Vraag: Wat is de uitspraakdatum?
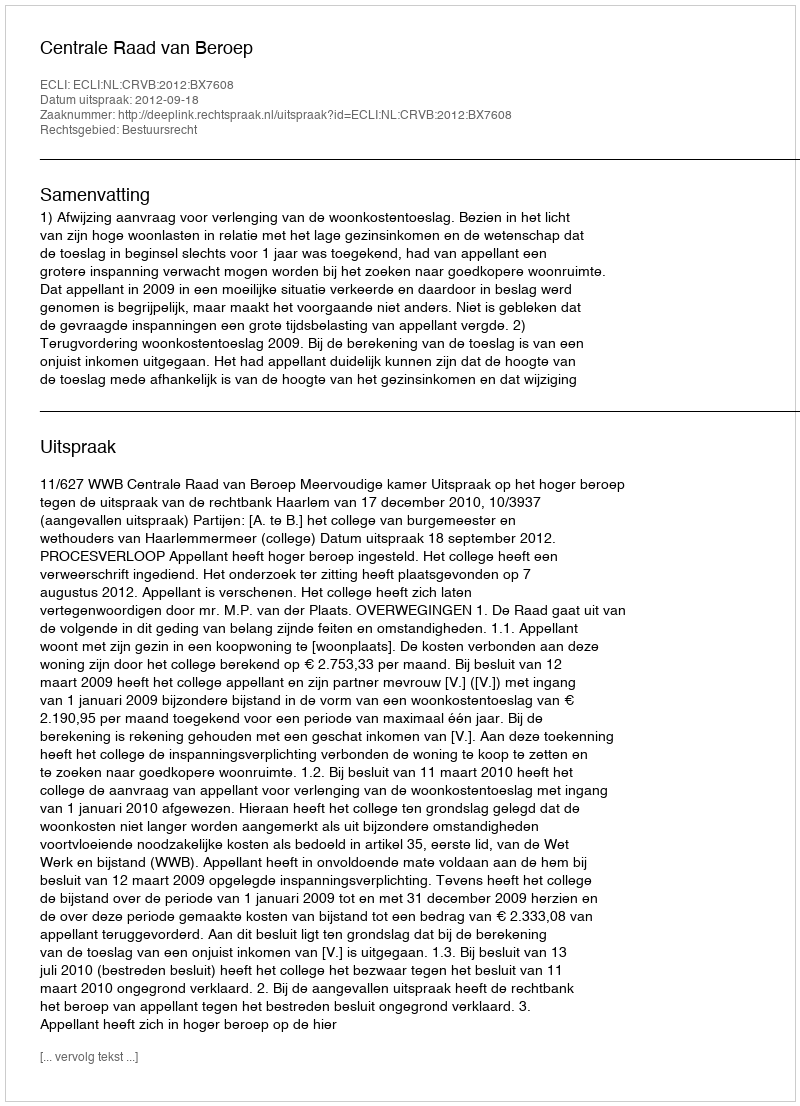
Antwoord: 2012-09-18